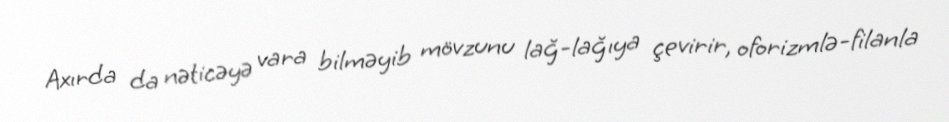
Axırda da nəticəyə vara bilməyib mövzunu lağ-lağıya çevirir, oforizmlə-filanla